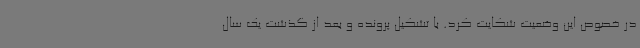
در خصوص این وضعیت شکایت کرد. با تشکیل پرونده و بعد از گذشت یک سال